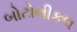
બોટોનીકલ